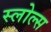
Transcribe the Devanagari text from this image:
स्लोल्स